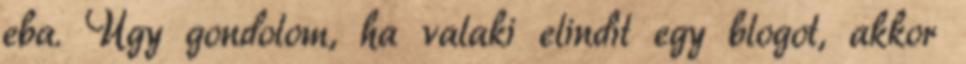
eba. Úgy gondolom, ha valaki elindít egy blogot, akkor